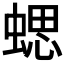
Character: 𧍤